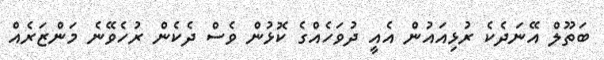
ބަތޫލް އޭނަދެކެ ރުޅިއައުން އެއީ ދުވަހެއްގެ ކޮޅުން ވެސް ދެކެން ރުހެވޭނެ މަންޒަރެއް